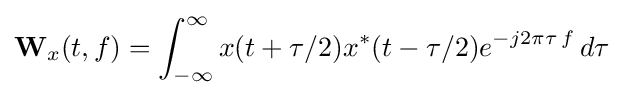
\mathbf {W} _{x}(t,f)=\int _{-\infty }^{\infty }x(t+\tau /2)x^{*}(t-\tau /2)e^{-j2\pi \tau \,f}\,d\tau